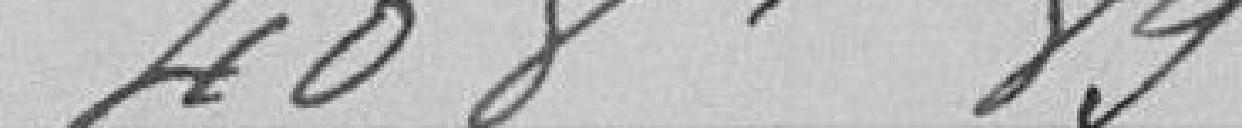
408 francs 89